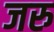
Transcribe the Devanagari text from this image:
जरु